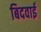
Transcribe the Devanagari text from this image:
बिदवाई